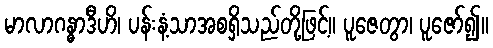
မာလာဂန္ဓာဒီဟိ၊ ပန်းနံ့သာအစရှိသည်တို့ဖြင့်။ ပူဇေတွာ၊ ပူဇော်၍။